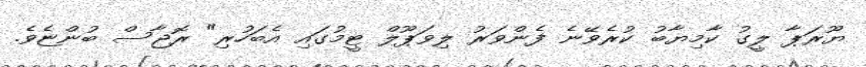
ޔޫރަޕާ ލީގު ކާމިޔާބު ކުރެވޭނެ ފެންވަރު ލިވަޕޫލް ޓީމުގައި އެބަހުރި" ރޮޖާސް ބުންޏެވެ.